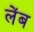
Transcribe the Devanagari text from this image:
लेंब